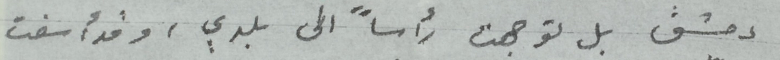
دمشق بل توجهت رأساً الى بلدي ، وقد أسفت